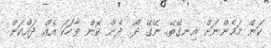
ކަން މަމެންނަށް އިނގޭތޭ. ނޭގޭ ދޯ. ދެން ކޮން ވާހަކަ އެއް ދައްކަން